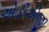
એડીએજી